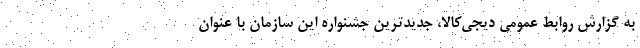
به گزارش روابط عمومی دیجی‌کالا، جدیدترین جشنواره این سازمان با عنوان